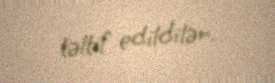
təltif edildilər.